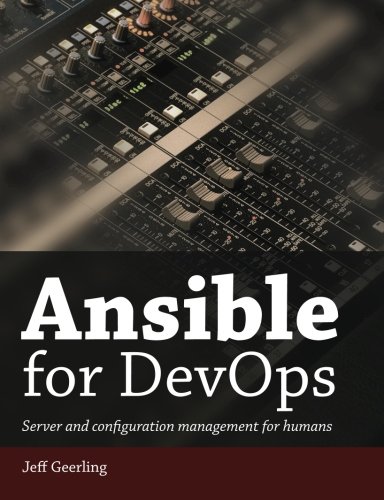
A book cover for Ansible for DevOps: Server and configuration management for humans; Jeff Geerling; Computers & Technology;